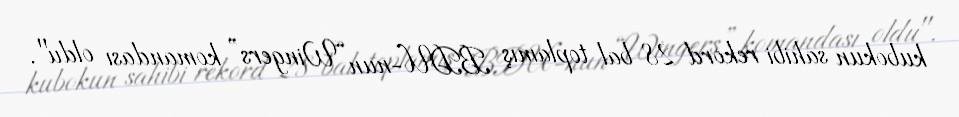
kubokun sahibi rekord 28 bal toplamış BDU-nun “Wingers” komandası oldu".